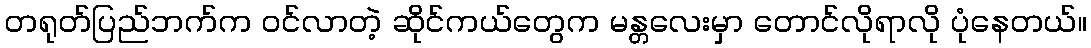
တရုတ်ပြည်ဘက်က ဝင်လာတဲ့ ဆိုင်ကယ်တွေက မန္တလေးမှာ တောင်လိုရာလို ပုံနေတယ်။